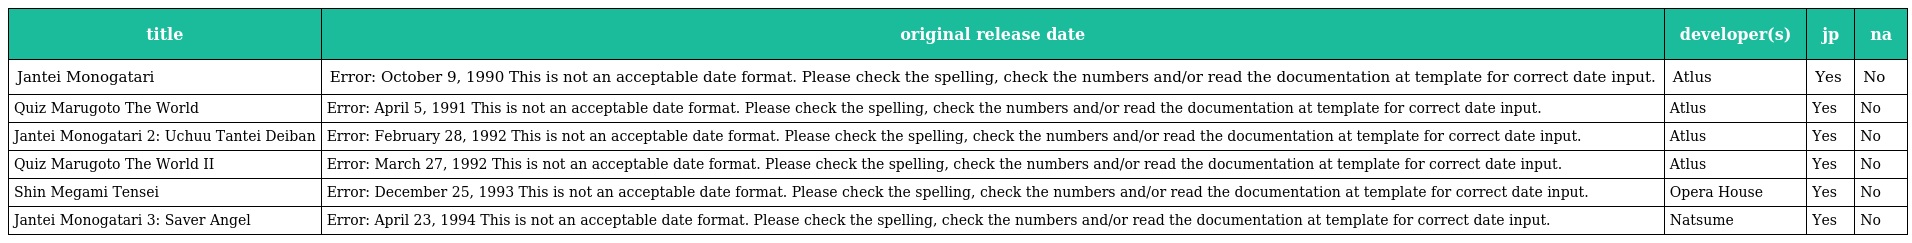
| title | original release date | developer(s) | jp | na |
 | --- | --- | --- | --- | --- |
 | Jantei Monogatari | Error: October 9, 1990 This is not an acceptable date format. Please check the spelling, check the numbers and/or read the documentation at template for correct date input. | Atlus | Yes | No |
 | Quiz Marugoto The World | Error: April 5, 1991 This is not an acceptable date format. Please check the spelling, check the numbers and/or read the documentation at template for correct date input. | Atlus | Yes | No |
 | Jantei Monogatari 2: Uchuu Tantei Deiban | Error: February 28, 1992 This is not an acceptable date format. Please check the spelling, check the numbers and/or read the documentation at template for correct date input. | Atlus | Yes | No |
 | Quiz Marugoto The World II | Error: March 27, 1992 This is not an acceptable date format. Please check the spelling, check the numbers and/or read the documentation at template for correct date input. | Atlus | Yes | No |
 | Shin Megami Tensei | Error: December 25, 1993 This is not an acceptable date format. Please check the spelling, check the numbers and/or read the documentation at template for correct date input. | Opera House | Yes | No |
 | Jantei Monogatari 3: Saver Angel | Error: April 23, 1994 This is not an acceptable date format. Please check the spelling, check the numbers and/or read the documentation at template for correct date input. | Natsume | Yes | No |